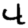
Digit: 4